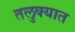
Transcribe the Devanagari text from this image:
तलुक्यात